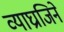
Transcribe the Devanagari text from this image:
व्याघ्राजिने